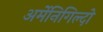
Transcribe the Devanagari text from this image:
अर्मेनिगिल्दो